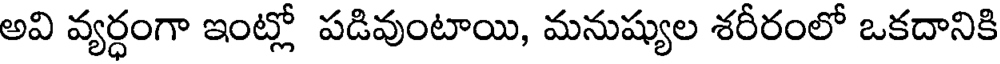
అవి వ్యర్ధంగా ఇంట్లో పడివుంటాయి, మనుష్యుల శరీరంలో ఒకదానికి